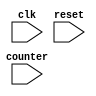
module generate_function
(
  input wire clk,
  input wire reset,
  input wire [3:0] counter
);

genvar i;
generate 
  for (i=0; i<4; i=i+1) begin
    specify
      // specify design elements here
    endspecify
  end
endgenerate

endmodule